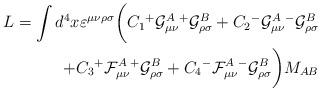
LaTeX: \begin{align*}L = \int d^4x\varepsilon^{\mu \nu \rho \sigma} \bigg(C_1 {^+}{\cal G} ^{A}_{\mu \nu} {^+}{\cal G}^{B}_{\rho \sigma} + C_2 {^-}{\cal G}^{A}_{\mu \nu} {^-}{\cal G}^{B}_{\rho \sigma} \\ + C_3{^+} {\cal F}^{A}_{\mu \nu} {^+}{\cal G}^{B}_{\rho \sigma} + C_4{^-} {\cal F}^{A}_{\mu \nu} {^-}{\cal G}^{B}_{\rho \sigma}\bigg)M_{AB}\end{align*}